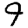
Digit: 9